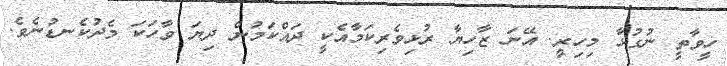
ހީވާތީ ނުގުޅާ މިހިރީ. އޭނަ ޒާހިޔާ ރުޅިވެރިކަމާއެކީ ދައްކަމުން ދިޔަ ވާހަކަ މެދުކެނޑުނެވެ.